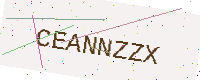
Text: CEANNZZX